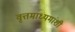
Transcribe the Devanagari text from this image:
वृत्तमाध्यमांशी